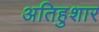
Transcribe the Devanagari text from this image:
अतिहुशार